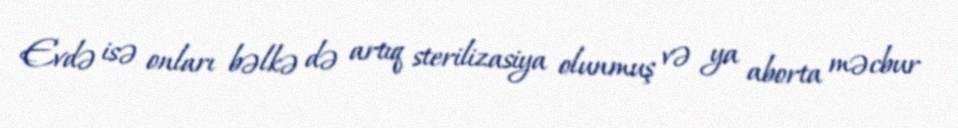
Evdə isə onları bəlkə də artıq sterilizasiya olunmuş və ya aborta məcbur